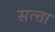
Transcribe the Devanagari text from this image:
सत्त्ता